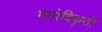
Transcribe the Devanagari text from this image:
मनोविकृती